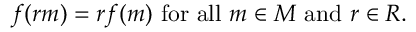
f ( r m ) = r f ( m ) { \mathrm { ~ f o r ~ a l l ~ } } m \in M { \mathrm { ~ a n d ~ } } r \in R .